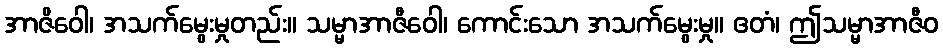
အာဇိဝေါ၊ အသက်မွေးမှုတည်း။ သမ္မာအာဇီဝေါ၊ ကောင်းသော အသက်မွေးမှု။ ဧတံ၊ ဤသမ္မာအာဇီဝ